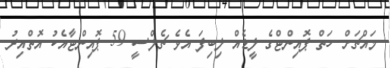
މައްޗަށް ހަތް ޕޮއިންޓްގެ ލީޑެއް ލިބިފަ އެވެ ޗެލްސީ 59 ޕޮއިންޓާއެކު އޮތްއިރު